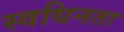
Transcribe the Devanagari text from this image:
स्वधिनता